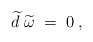
\begin{align*}\widetilde{d}\;\widetilde{\omega }\;=\;0\;, \end{align*}